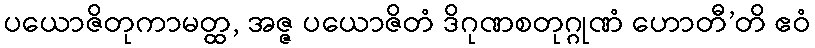
ပယောဇိတုကာမတ္ထ, အဇ္ဇ ပယောဇိတံ ဒိဂုဏစတုဂ္ဂုဏံ ဟောတီ’တိ ဧဝံ